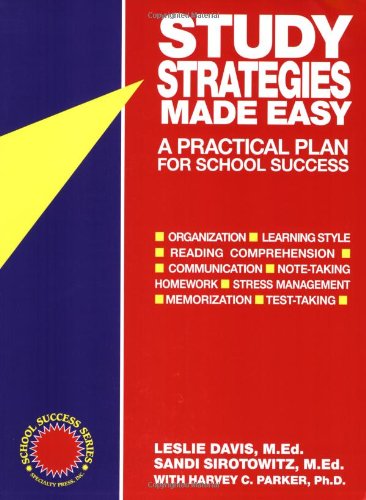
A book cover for Study Strategies Made Easy: A Practical Plan for School Success; Leslie Davis; Test Preparation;